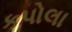
કપોલા